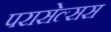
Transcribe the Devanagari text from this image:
परासेल्सस